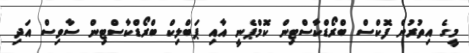
މީގެ އިތުރުން ފޮކްސް ބްރޯޑްކާސްޓިން ކޮމްޕެނީ އާއި ޕަބްލިކް ބްރޯޑްކާސްޓިން ސާވިސް އަދި